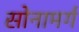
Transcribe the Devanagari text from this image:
सोनामर्ग